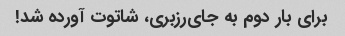
برای بار دوم به جای‌رزبری، شاتوت آورده شد!